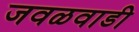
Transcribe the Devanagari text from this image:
जवळवाडी